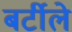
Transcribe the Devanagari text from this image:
बर्टीले